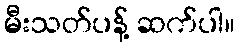
မီးသတ်ပန့် ဆက်ပါ။